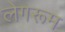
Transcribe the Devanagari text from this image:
लेगरूम